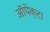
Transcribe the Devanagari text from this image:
ऑपेक्टा